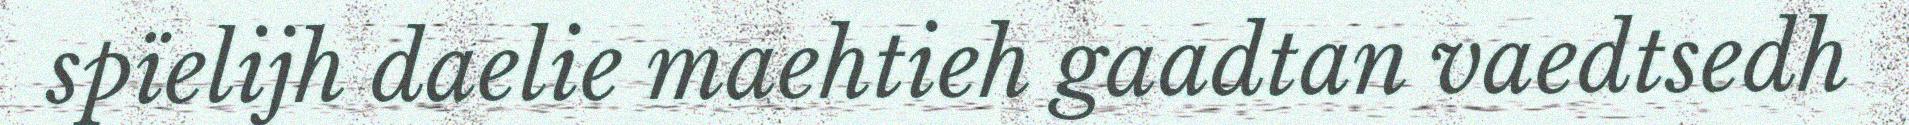
spïelijh daelie maehtieh gaadtan vaedtsedh